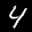
Label: 4